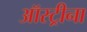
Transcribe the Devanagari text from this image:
ऑस्ट्रीना